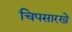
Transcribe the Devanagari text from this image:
चिपसारखे